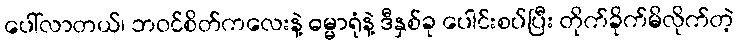
ပေါ်လာတယ်၊ ဘဝင်စိတ်ကလေးနဲ့ ဓမ္မာရုံနဲ့ ဒီနှစ်ခု ပေါင်းစပ်ပြီး တိုက်ခိုက်မိလိုက်တဲ့